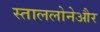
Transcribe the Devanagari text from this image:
स्ताललोनेऔर